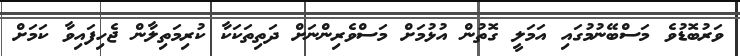
ވަރުބޮޑުވެ މަސްބޭނުމުގައި އަމަލީ ގޮތުން އުޅުމަށް މަސްވެރިންނަށް ދަތިތަކަކާ ކުރިމަތިލާން ޖެހިފައިވާ ކަމަށް